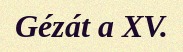
Gézát a XV.